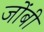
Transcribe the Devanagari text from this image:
जोंबी